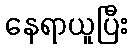
နေရာယူပြီး